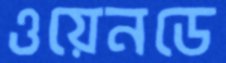
ওয়েনডে